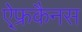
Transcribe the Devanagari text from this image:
ऐ्फ्रकैनस